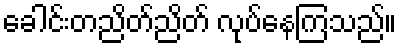
ခေါင်းတညိတ်ညိတ် လုပ်နေကြသည်။